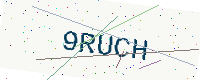
Text: 9RUCH